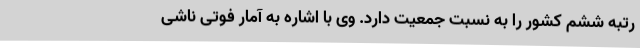
رتبه ششم کشور را به نسبت جمعیت دارد. وی با اشاره به آمار فوتی ناشی